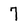
Character: 7